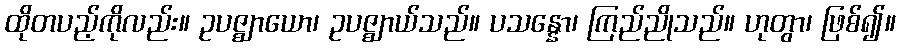
ထိုတပည့်ကိုလည်း။ ဥပဇ္ဈာယော၊ ဥပဇ္ဈာယ်သည်။ ပသန္နော၊ ကြည်ညိုသည်။ ဟုတွာ၊ ဖြစ်၍။